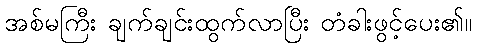
အစ်မကြီး ချက်ချင်းထွက်လာပြီး တံခါးဖွင့်ပေး၏။